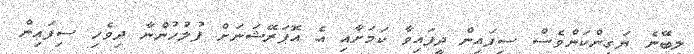
ލިބޭނެ ޔަގީންކަންވެސް ސިފައިން ދީފައިވާ ކަމަށާއި އެ އޮޕަރޭޝަނަށް ފުލުހުންނާ ދިވެހި ސިފައިން